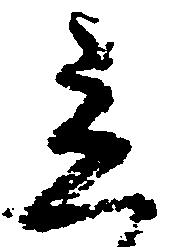
立